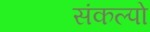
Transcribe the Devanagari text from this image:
संकल्पो